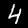
Digit: 4